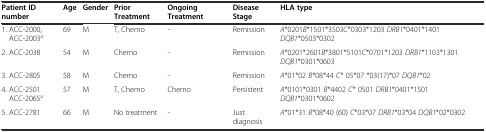
<table><thead><tr><td><b>Patient ID number</b></td><td><b>Age</b></td><td><b>Gender</b></td><td><b>Prior Treatment</b></td><td><b>Ongoing Treatment</b></td><td><b>Disease Stage</b></td><td><b>HLA type</b></td></tr></thead><tbody><tr><td>1. ACC-2000, ACC-2003<sup>a</sup></td><td>69</td><td>M</td><td>T, Chemo</td><td>-</td><td>Remission</td><td><i>A</i>*0201<i>B</i>*1501*3503<i>C</i>*0303*1203 <i>DRB1</i>*0401*1401 <i>DQB1</i>*0503*0302</td></tr><tr><td>2. ACC-2038</td><td>54</td><td>M</td><td>Chemo</td><td>-</td><td>Remission</td><td><i>A</i>*0201*2601<i>B</i>*3801*5101<i>C</i>*0701*1203 <i>DRB1</i>*1103*1301 <i>DQB1</i>*0301*0603</td></tr><tr><td>3. ACC-2805</td><td>58</td><td>M</td><td>Chemo</td><td>-</td><td>Remission</td><td><i>A</i>*01*02 <i>B</i>*08*44 <i>C</i>* 05*07 *03(17)*07 <i>DQB1</i>*02</td></tr><tr><td>4. ACC-2501 ACC-2065<sup>a</sup></td><td>57</td><td>M</td><td>T, Chemo</td><td>Chemo</td><td>Persistent</td><td><i>A</i>*0101*0301 <i>B</i>*4402 <i>C</i>* 0501 <i>DRB1</i>*0401*1501 <i>DQB1</i>*0301*0602</td></tr><tr><td>5. ACC-2781</td><td>66</td><td>M</td><td>No treatment</td><td>-</td><td>Just diagnosis</td><td><i>A</i>*01*31 <i>B</i>*08*40 (60) <i>C</i>*03*07 <i>DRB1</i>*03*04 <i>DQB1</i>*02*0302</td></tr></tbody></table>